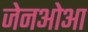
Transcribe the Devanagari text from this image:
जेनओआ